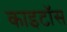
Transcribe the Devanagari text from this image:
काइटॉस